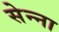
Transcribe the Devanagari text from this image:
सेन्‍ना